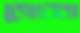
জোব্বা